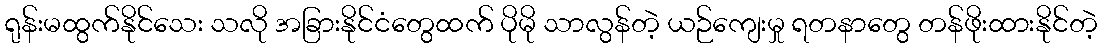
ရုန်းမထွက်နိုင်သေး သလို အခြားနိုင်ငံတွေထက် ပိုမို သာလွန်တဲ့ ယဉ်ကျေးမှု ရတနာတွေ တန်ဖိုးထားနိုင်တဲ့